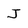
Character: J